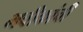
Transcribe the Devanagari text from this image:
भवीकांची